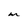
Character: M